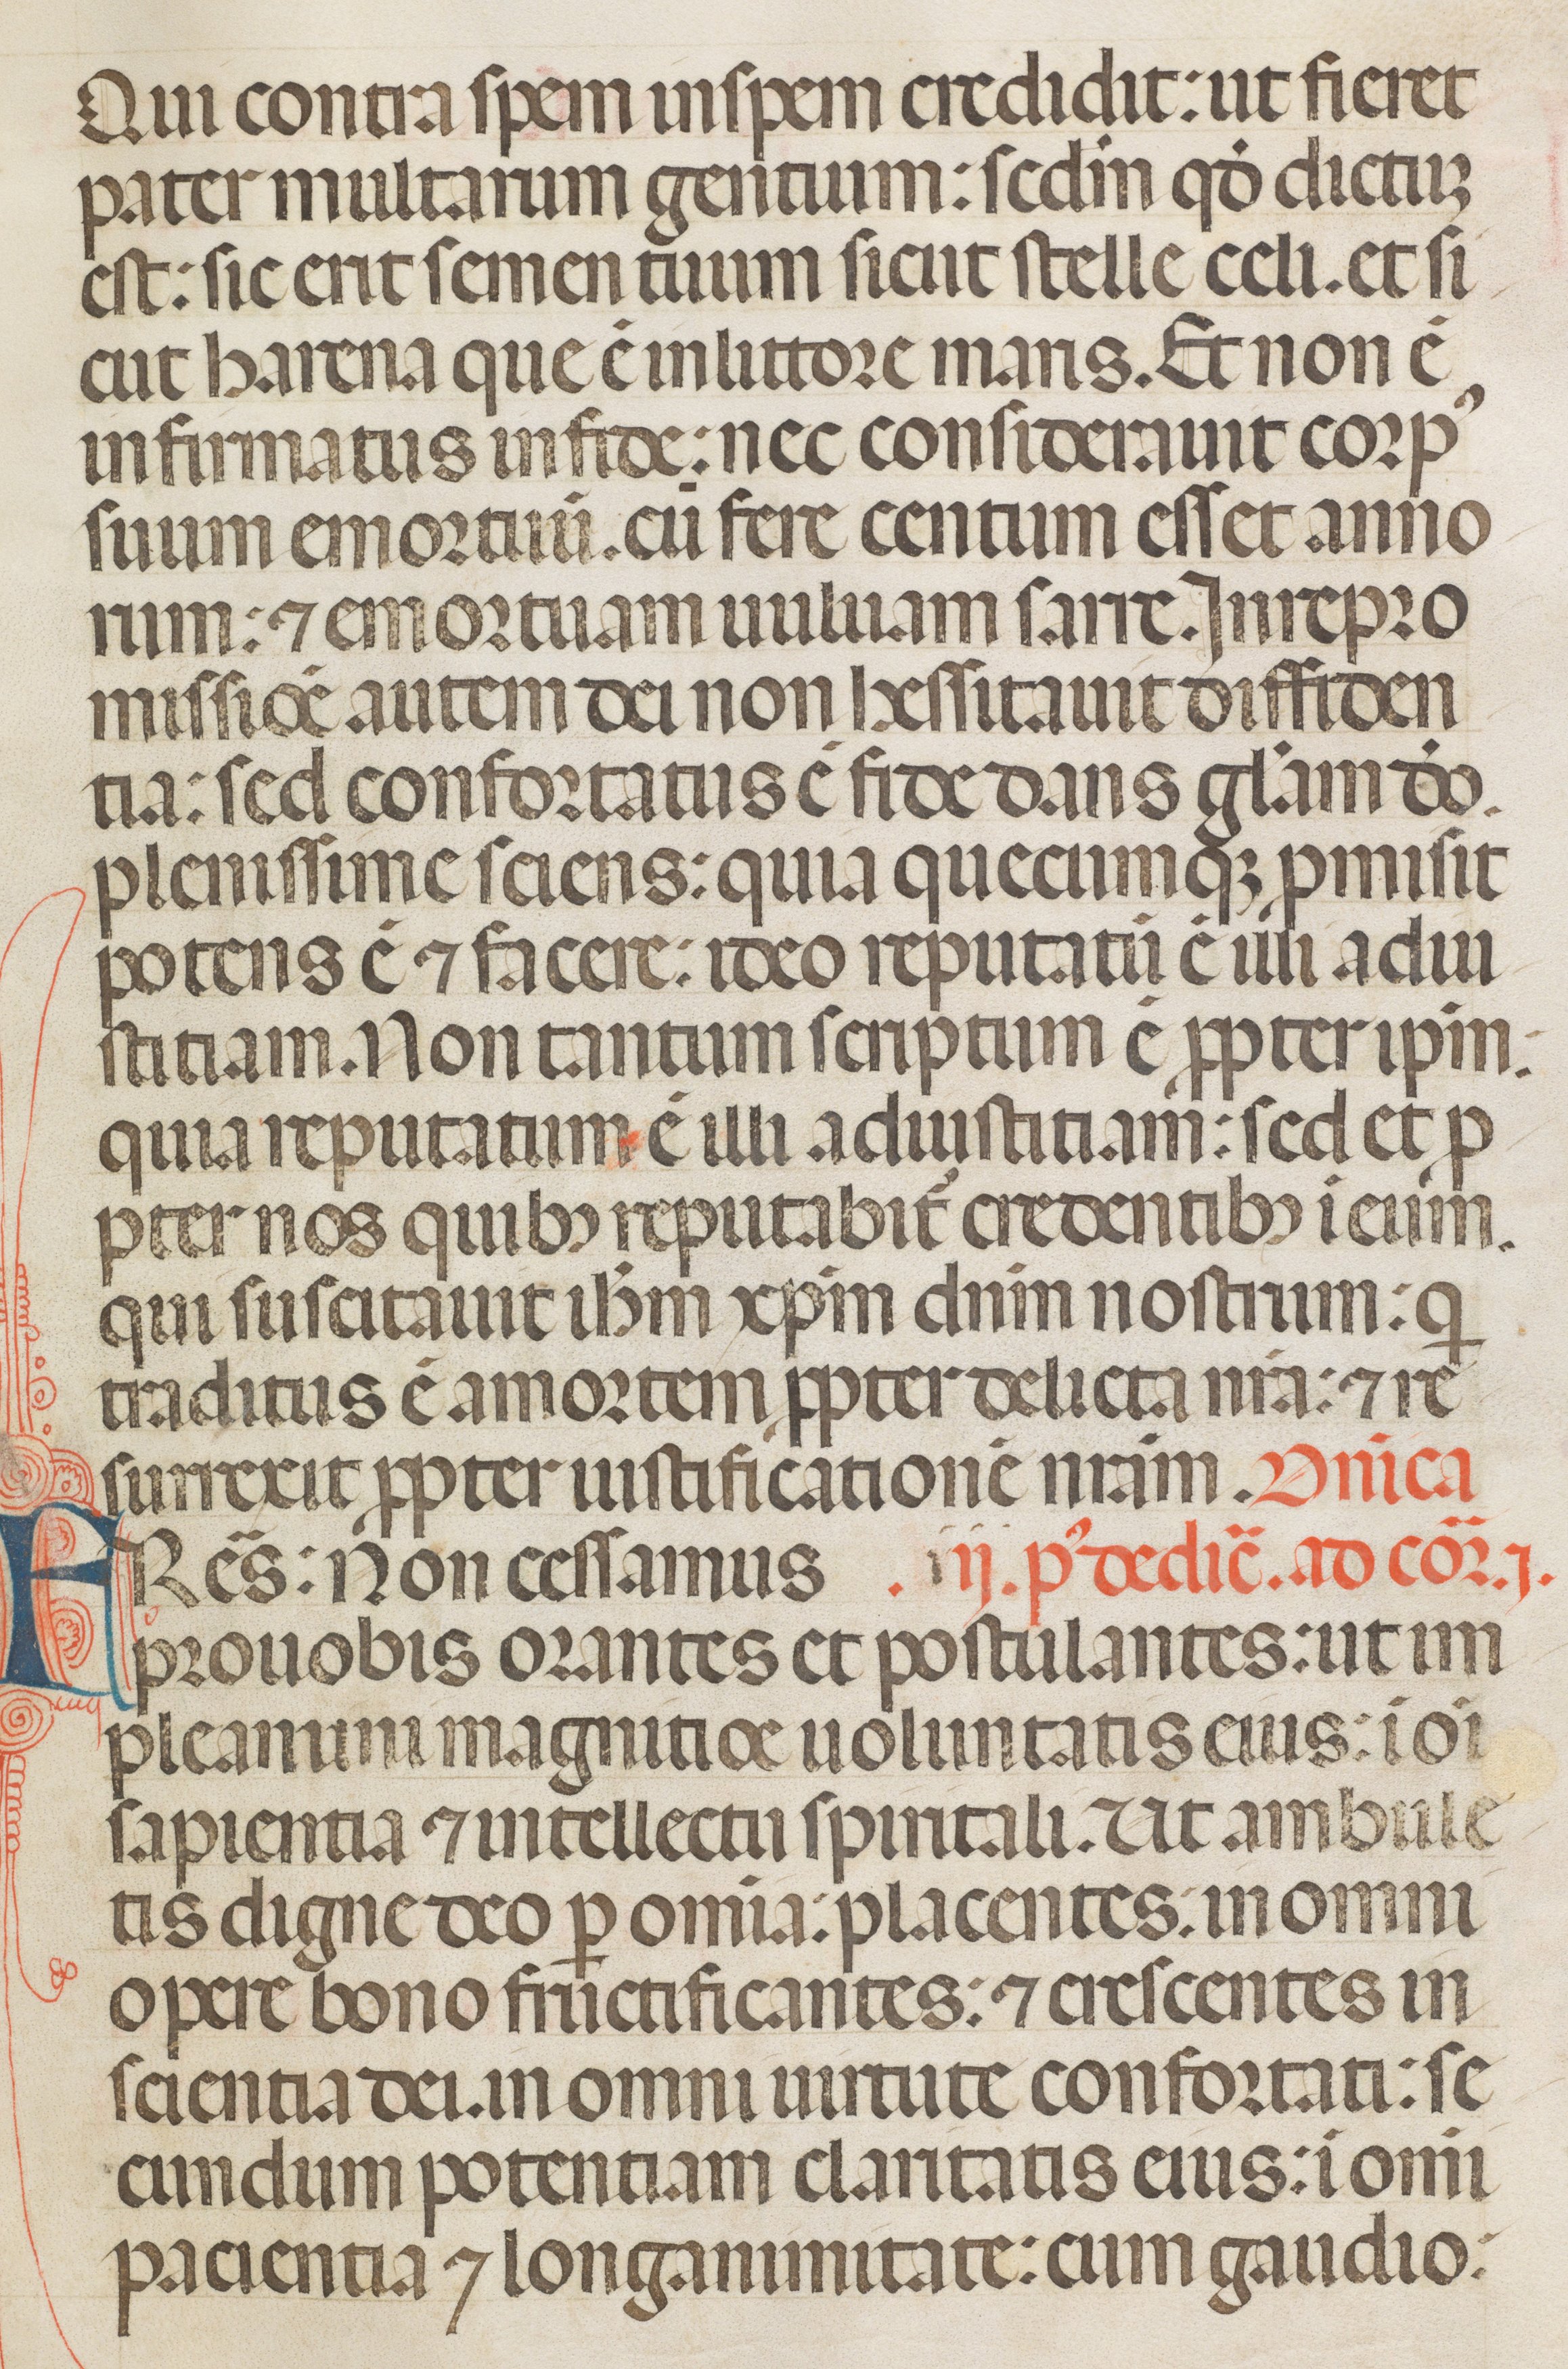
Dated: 1342–1342